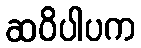
ဆဝိပါပက